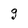
Character: g